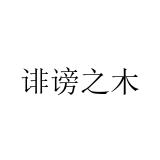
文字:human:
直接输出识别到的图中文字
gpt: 诽谤之木